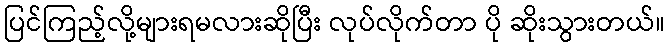
ပြင်ကြည့်လို့များရမလားဆိုပြီး လုပ်လိုက်တာ ပို ဆိုးသွားတယ်။